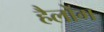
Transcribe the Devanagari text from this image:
हैलोंग